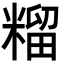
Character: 𮇶